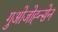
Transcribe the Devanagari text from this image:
गुओजोह्न्सेन